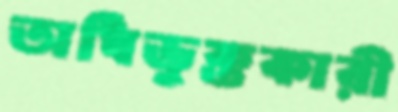
অধিভুক্তকারী